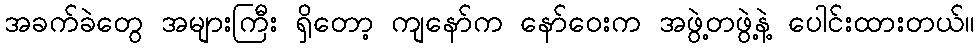
အခက်ခဲတွေ အများကြီး ရှိတော့ ကျနော်က နော်ဝေးက အဖွဲ့တဖွဲ့နဲ့ ပေါင်းထားတယ်။